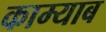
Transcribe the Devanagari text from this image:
काम्याब